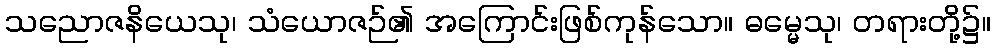
သညောဇနိယေသု၊ သံယောဇဉ်၏ အကြောင်းဖြစ်ကုန်သော။ ဓမ္မေသု၊ တရားတို့၌။